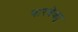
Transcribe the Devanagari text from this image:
बारबेक्यु